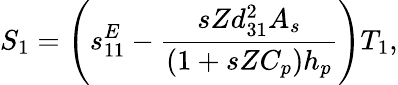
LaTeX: S_{1}=\left(s_{11}^{E}-\frac{sZd_{31}^{2}A_{s}}{(1+sZC_{p})h_{p}}\right)T_{1},